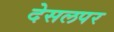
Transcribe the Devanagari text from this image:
देसलपर